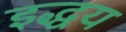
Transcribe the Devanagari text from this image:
इद्धय